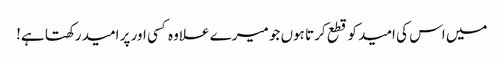
میں اس کی امید کو قطع کرتا ہوں جو میرے علاوہ کسی اور پر امید رکھتا ہے!